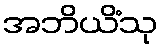
အဘိယိံသု